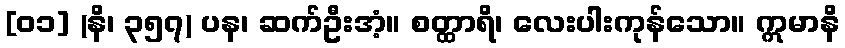
[၀၁] (နိ၊ ၃၅၇) ပန၊ ဆက်ဦးအံ့။ စတ္ထာရိ၊ လေးပါးကုန်သော။ ဣမာနိ